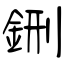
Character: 鉶